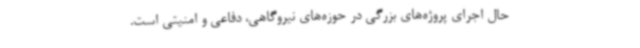
حال اجرای پروژه‌های بزرگی در حوزه‌های نیروگاهی، دفاعی و امنیتی است.